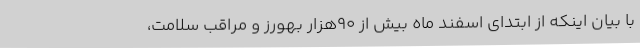
با بیان اینکه از ابتدای اسفند ماه بیش از 90هزار بهورز و مراقب سلامت،